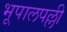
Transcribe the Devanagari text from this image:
भूपालपल्ली